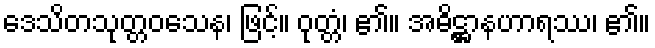
ဒေသိတသုတ္တဝသေန၊ ဖြင့်။ ဝုတ္တံ၊ ၏။ အဓိဋ္ဌာနဟာရဿ၊ ၏။